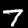
Label: 7